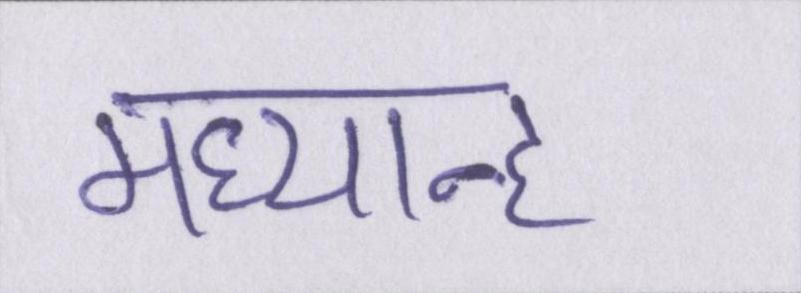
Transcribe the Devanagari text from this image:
मध्यान्ह